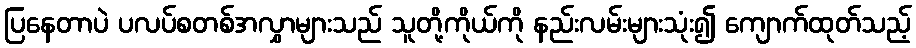
ပြနေတာပဲ ပလပ်စတစ်အလွှာများသည် သူတို့ကိုယ်ကို နည်းလမ်းများသုံး၍ ကျောက်ထုတ်သည့်